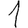
Digit: 1